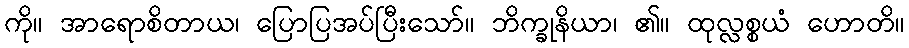
ကို။ အာရောစိတာယ၊ ပြောပြအပ်ပြီးသော်။ ဘိက္ခုနိယာ၊ ၏။ ထုလ္လစ္စယံ ဟောတိ။